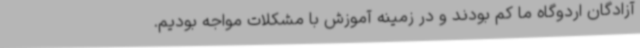
آزادگان اردوگاه ما کم بودند و در زمینه آموزش با مشکلات مواجه بودیم.